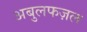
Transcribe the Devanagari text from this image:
अबुलफज़ल